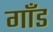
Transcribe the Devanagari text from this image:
गाँड